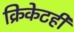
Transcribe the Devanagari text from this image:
क्रिकेटही